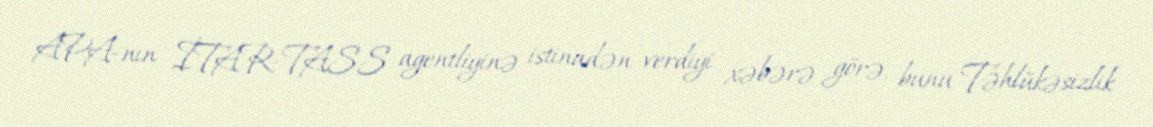
APA-nın İTAR-TASS agentliyinə istinadən verdiyi xəbərə görə, bunu Təhlükəsizlik